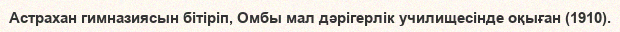
Астрахан гимназиясын бітіріп, Омбы мал дәрігерлік училищесінде оқыған (1910).